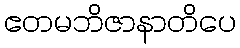
ဧတမဘိဇာနာတိပေ